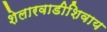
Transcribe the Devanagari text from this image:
शेलारवाडीशिवाय